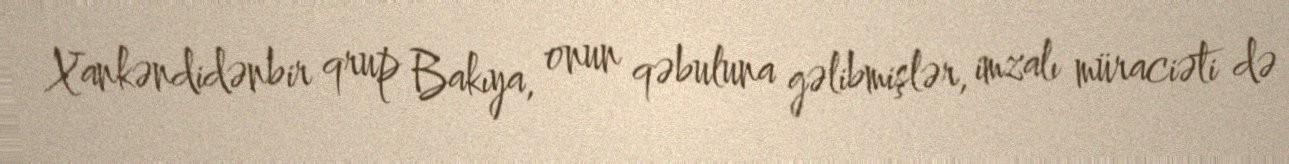
Xankəndidənbir qrup Bakıya, onun qəbuluna gəlibmişlər, imzalı müraciəti də